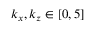
k _ { x } , k _ { z } \in [ 0 , 5 ]